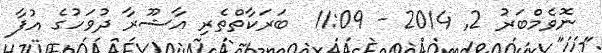
ނޮވެމްބަރު 2